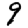
Digit: 9